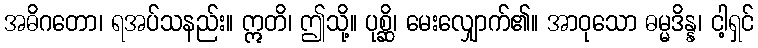
အဓိဂတော၊ ရအပ်သနည်း။ ဣတိ၊ ဤသို့။ ပုစ္ဆိ၊ မေးလျှောက်၏။ အာဝုသော ဓမ္မဒိန္န၊ ငါ့ရှင်